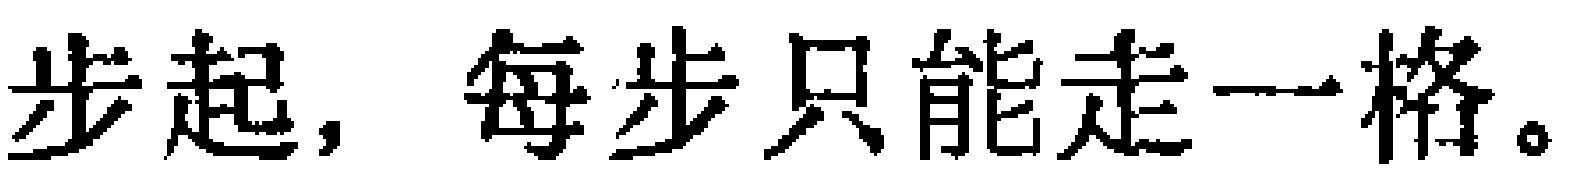
步起，每步只能走一格。